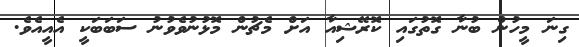
ގިނަ މީހުން ބުނާ ގޮތުގައި ކޮރޭޝިއާ އަށް މެޗުން މޮޅުނުވެވުނު ސަބަބަކީ އެއީއެވެ.